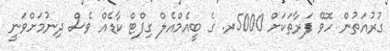
ގުރުއަތުން ހޮވޭ ފަރާތަކަށް 5000ރ. ގެ ބީއެމްއެލް ގިފްޓް ކާޑެއް ވެސް ދިނުމަށްވަނީ